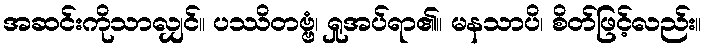
အဆင်းကိုသာလျှင်။ ပဿိတဗ္ဗံ၊ ရှုအပ်ရာ၏။ မနသာပိ၊ စိတ်ဖြင့်လည်း။